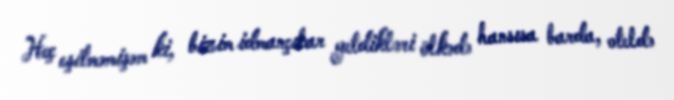
Heç eşitməmişəm ki, bizim idmançılar getdikləri ölkədə hansısa barda, oteldə